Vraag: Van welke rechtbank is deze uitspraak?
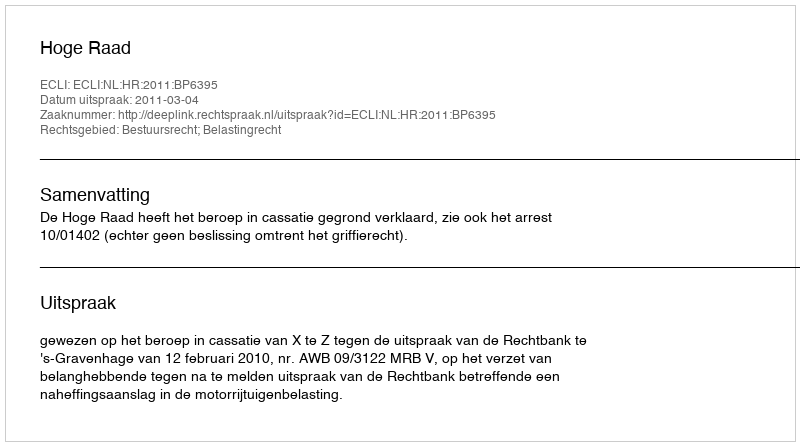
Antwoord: Hoge Raad